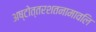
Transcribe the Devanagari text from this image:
अष्टोत्तरशतनामावलि